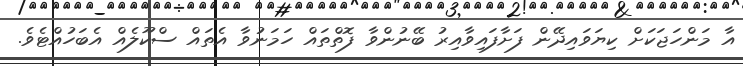
އާ މަންހަޖަކަށް ކިޔަވައިދޭން ފަށާފައިވާއިރު ބޭނުންވާ ފޮތްތައް ހަމަނުވާ އެތައް ސްކޫލެއް އެބަހުއްޓެވެ.